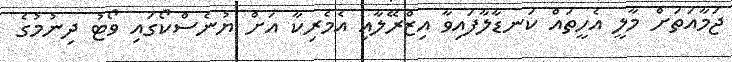
ޖަމާއަތަށް މާލީ އެހީތައް ކަނޑާލާފައިވާ އިޒްރޭލާއި އެމެރިކާ އަށް ޔުނެސްކޯގައި ވޯޓު ދިނުމުގެ